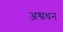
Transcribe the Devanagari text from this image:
अश्वधन